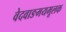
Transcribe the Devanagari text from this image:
वेदवाङमयमूलक